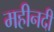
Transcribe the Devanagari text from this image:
महीनदी